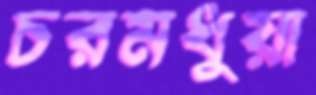
চরমধুয়া